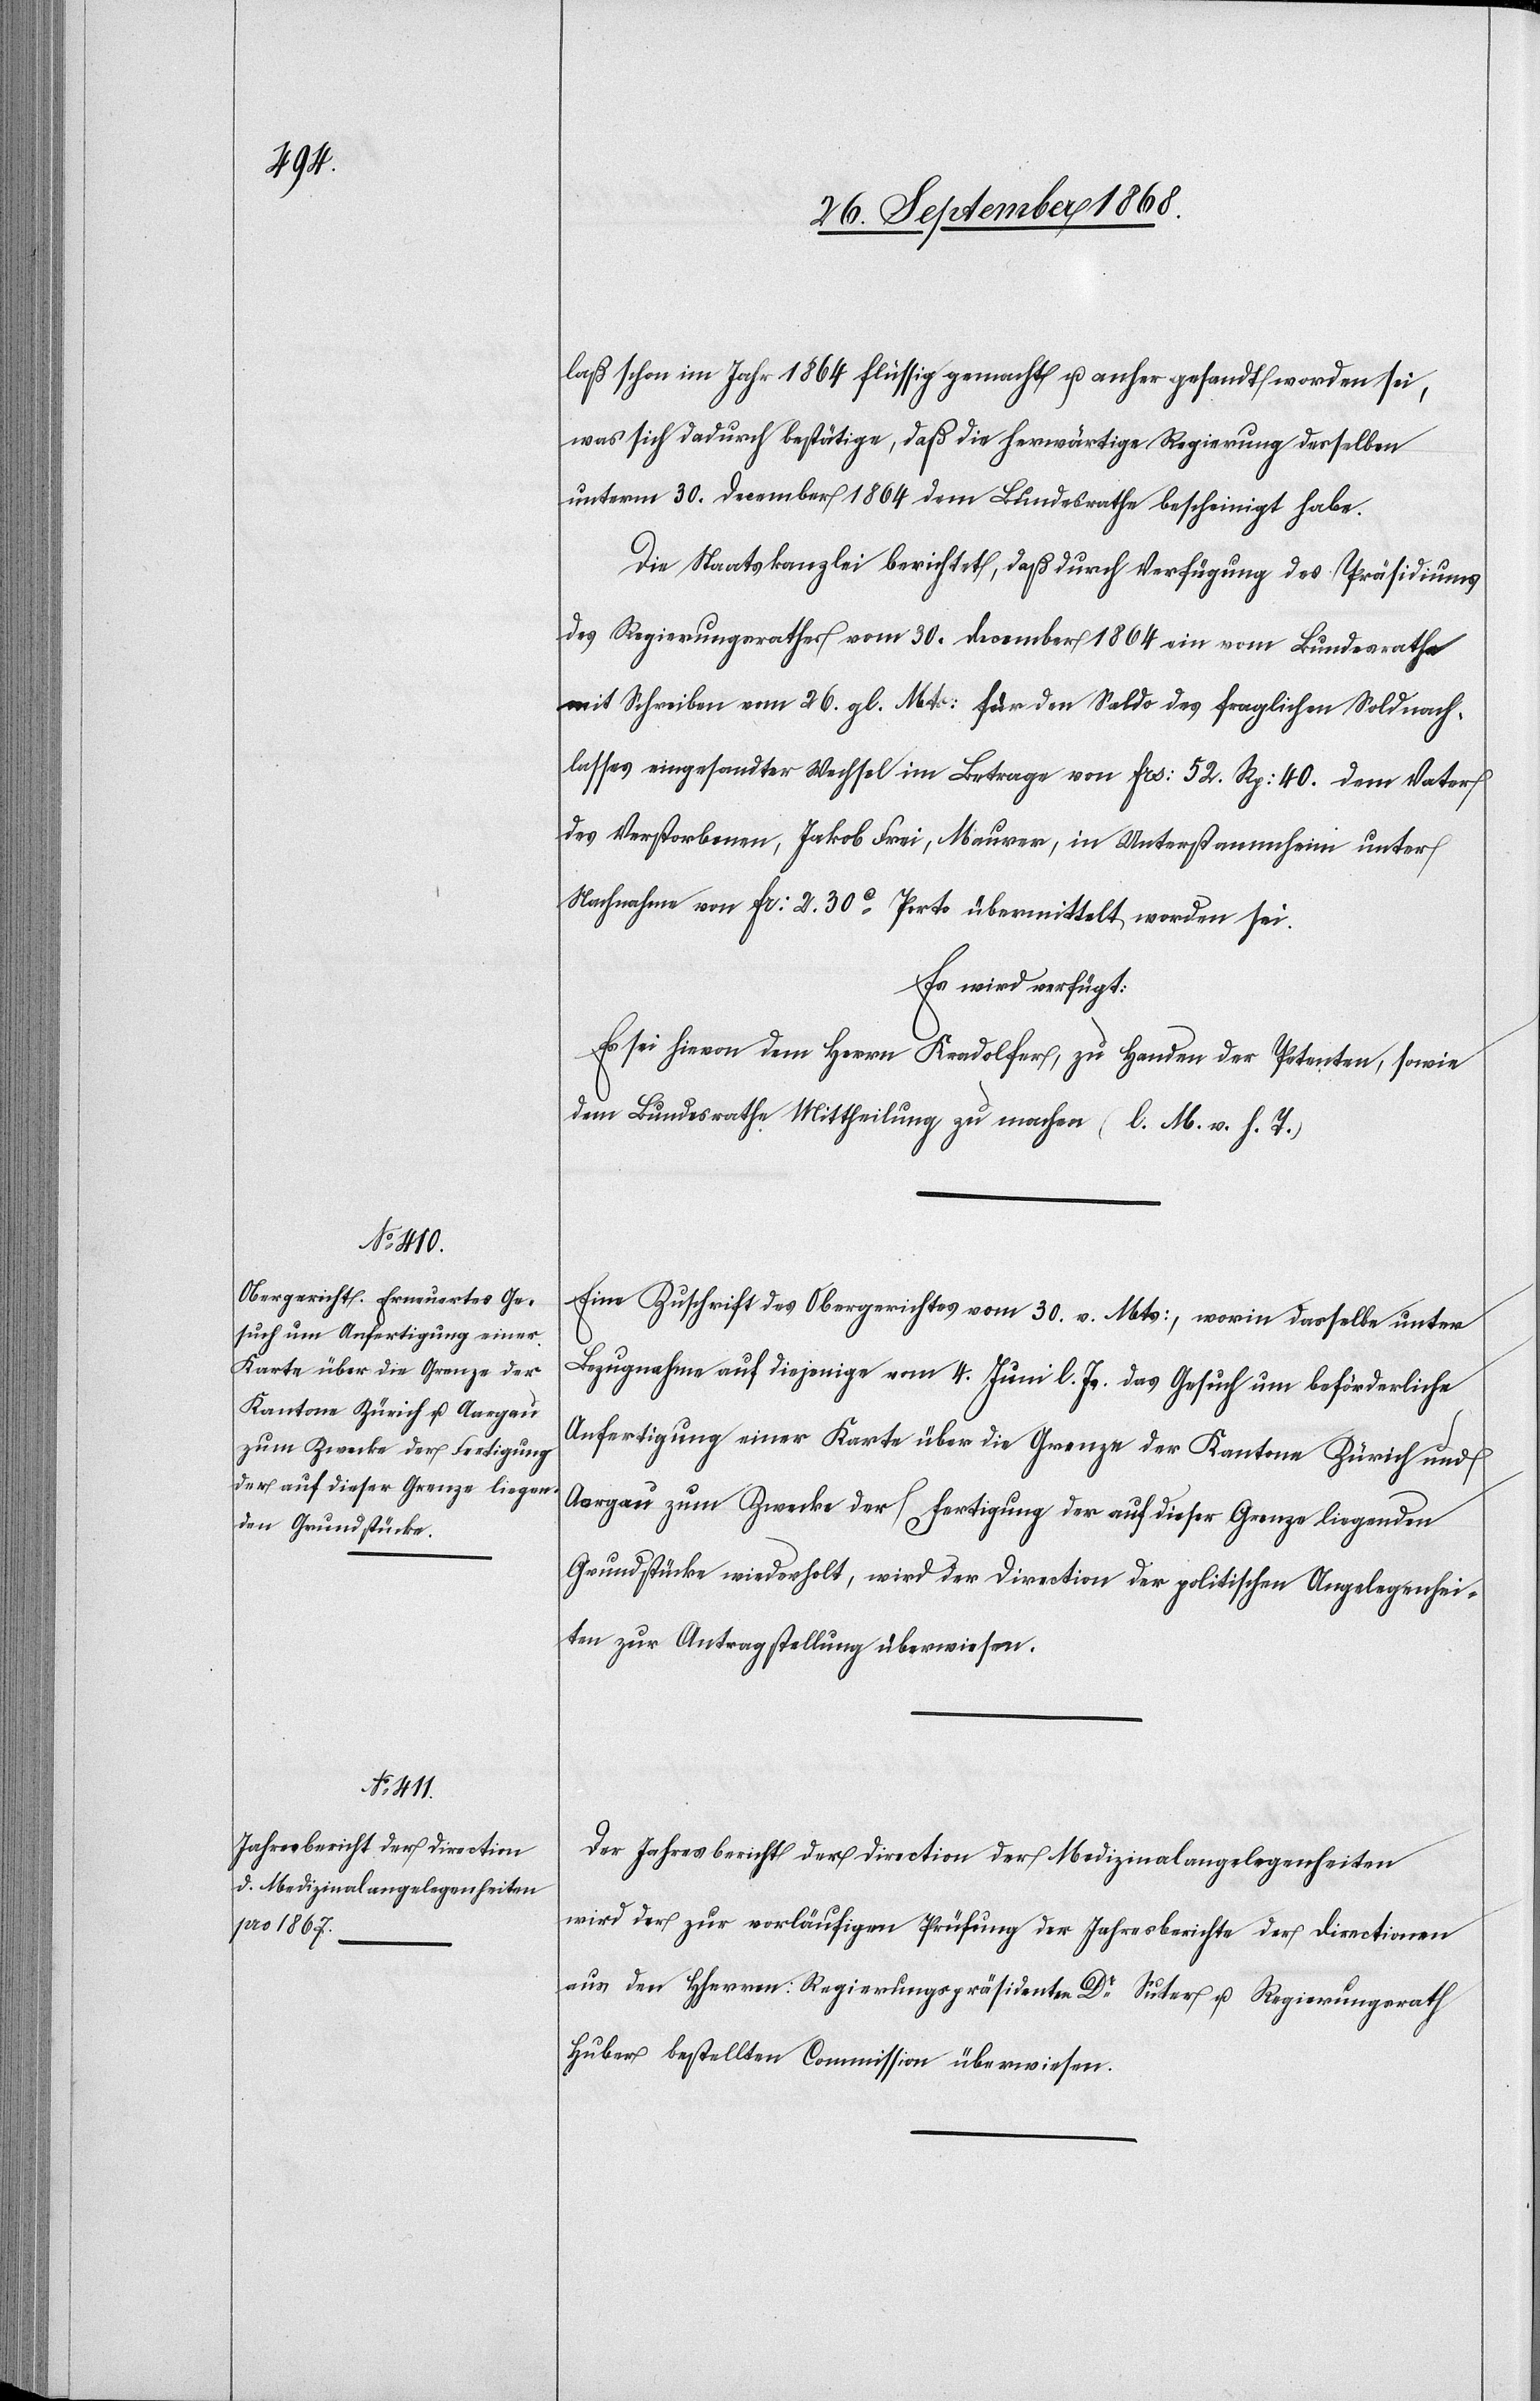
2. October 1868.]
laß schon im Jahr 1864 flüssig gemacht u. anher gesandt worden sei,
was sich dadurch bestätige, daß die herwärtige Regierung desselben
unterm 30. December 1864 dem Bundesrathe bescheinigt habe.
Die Staatskanzlei berichtet, daß durch Verfügung des Präsidiums
des Regierungsrathes vom 30. December 1864 ein vom Bundesrathe
mit Schreiben vom 26. gl. Mts: für den Saldo des fraglichen Soldnach¬
lasses eingesandter Wechsel im Betrage von Frs: 52. Rp: 40. dem Vater
des Verstorbenen, Jakob Frei, Maurer, in Unterstammheim unter
Nachnahme von Fr: 2. 30C Porto übermittelt worden sei.
Es wird verfügt:
Es sei hievon dem Herrn Kradolfer, zu Handen der Petenten, sowie
dem Bundesrathe Mittheilung zu machen (l. M. v. h. T.)
Eine Zuschrift des Obergerichtes vom 30. v. Mts:, worin dasselbe unter
Bezugnahme auf diejenige vom 4. Juni l. Js. das Gesuch um beförderliche
Anfertigung einer Karte über die Grenze der Kantone Zürich und
Aargau zum Zwecke der Fertigung der auf dieser Grenze liegenden
Grundstücke wiederholt, wird der Direction der politischen Angelegenhei¬
ten zur Antragstellung überwiesen.
Der Jahresbericht der Direction der Medizinalangelegenheiten
wird der zur vorläufigen Prüfung der Jahresberichte der Directionen
aus den Hherren Regierungspräsidenten Dr Suter u. Regierungsrath
Huber bestellten Commission überwiesen.